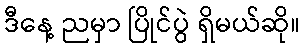
ဒီနေ့ ညမှာ ပြိုင်ပွဲ ရှိမယ်ဆို။